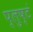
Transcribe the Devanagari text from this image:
प्लुष्टं